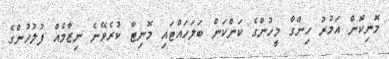
މޮނިކޮން އަމުރު ހިންގާ މީހުންގެ ކަންކަން ބަލަހައްޓައި މޮނިޓާ ކުރެވޭނެ ނިޒާމެއް ފުލުހުންގެ